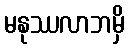
မနုဿလာဘမှိ